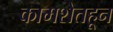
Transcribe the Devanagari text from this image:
कामशेतहून